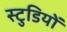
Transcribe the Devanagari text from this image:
स्टुडियों